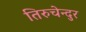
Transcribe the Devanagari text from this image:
तिरुचेन्दुर